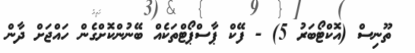
ތޫނިސް (އޮކްޓޯބަރު 5) - ފޭކް ޕާސްޕޯޓްތަކެއް ބޭނުންކޮށްގެން ހައްޖަށް ދާން